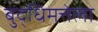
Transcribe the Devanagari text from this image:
बुद्धिमत्तेला